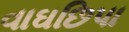
વાઘછિપા